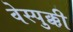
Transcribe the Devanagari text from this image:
वेस्पुक्की